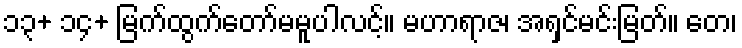
၁၃+ ၁၄+ မြက်ထွက်တော်မမူပါလင့်။ မဟာရာဇ၊ အရှင်မင်းမြတ်။ တေ၊